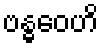
ဗန္ဓဝေဟိ